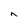
Character: n